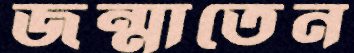
জন্মাতেন